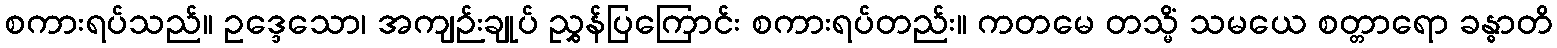
စကားရပ်သည်။ ဥဒ္ဒေသော၊ အကျဉ်းချုပ် ညွှန်ပြကြောင်း စကားရပ်တည်း။ ကတမေ တသ္မိံ သမယေ စတ္တာရော ခန္ဓာတိ